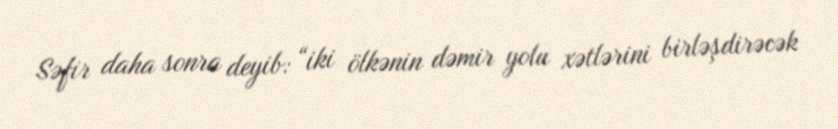
Səfir daha sonra deyib: “iki ölkənin dəmir yolu xətlərini birləşdirəcək